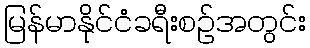
မြန်မာနိုင်ငံခရီးစဉ်အတွင်း